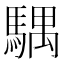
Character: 𩤛